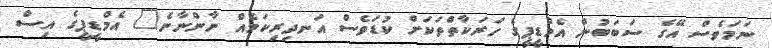
ނަމަވެސް އޭގެ ސަބަބުން އެމްޑީޕީގެ ހަރަކާތްތަކަށް ކުޑަވެސް އަނދިރިކަމެއް ނާންނާނެ" އެމްޑީޕީގެ އިސް